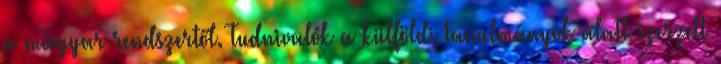
a magyar rendszertől. Tudnivalók a külföldi tanulmányok alatt szerzett